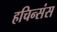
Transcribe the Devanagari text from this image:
हचिन्संस